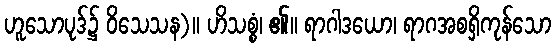
ဟူသောပုဒ်၌ ဝိသေသန)။ ဟိသစ္စံ၊ ၏။ ရာဂါဒယော၊ ရာဂအစရှိကုန်သော